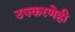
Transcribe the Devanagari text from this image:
उपकरणेही